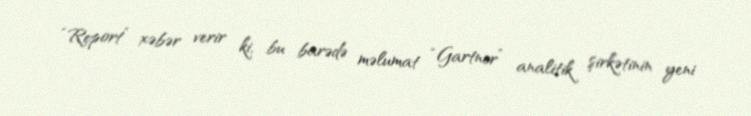
“Report” xəbər verir ki, bu barədə məlumat “Gartner” analitik şirkətinin yeni